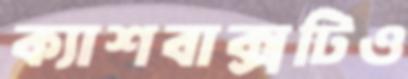
ক্যাশবাক্সটিও